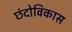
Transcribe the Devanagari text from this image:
छंदोविकास